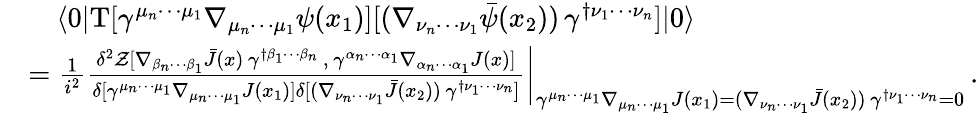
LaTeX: \begin{array}{rl}&{\quad\langle 0|\mathrm{T}[\gamma^{\mu_{n}\cdots\mu_{1}}\nabla_{\mu_{n}\cdots\mu_{1}}\psi(x_{1})][(\nabla_{\nu_{n}\cdots\nu_{1}}\bar{\psi}(x_{2}))\, \gamma^{\dagger\nu_{1}\cdots\nu_{n}}]|0\rangle}\\ &{=\frac{1}{i^{2}}\frac{\delta^{2}\mathcal{Z}[\nabla_{\beta_{n}\cdots\beta_{1}}\bar{J}(x)\, \gamma^{\dagger\beta_{1}\cdots\beta_{n}}\, ,\, \gamma^{\alpha_{n}\cdots\alpha_{1}}\nabla_{\alpha_{n}\cdots\alpha_{1}}J(x)]}{\delta[\gamma^{\mu_{n}\cdots\mu_{1}}\nabla_{\mu_{n}\cdots\mu_{1}}J(x_{1})]\delta[(\nabla_{\nu_{n}\cdots\nu_{1}}\bar{J}(x_{2}))\, \gamma^{\dagger\nu_{1}\cdots\nu_{n}}]}\bigg\vert_{\gamma^{\mu_{n}\cdots\mu_{1}}\nabla_{\mu_{n}\cdots\mu_{1}}J(x_{1})=(\nabla_{\nu_{n}\cdots\nu_{1}}\bar{J}(x_{2}))\, \gamma^{\dagger\nu_{1}\cdots\nu_{n}}=0}\, .}\end{array}